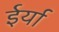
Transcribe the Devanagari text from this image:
ईर्या